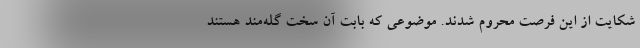
شکایت از این فرصت محروم شدند. موضوعی که بابت آن سخت گله‌مند هستند